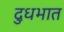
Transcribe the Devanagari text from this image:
दुधभात